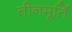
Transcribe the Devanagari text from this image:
तीनमूर्ति